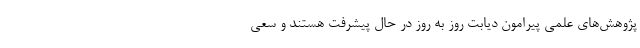
پژوهش‌های علمی پیرامون دیابت روز به روز در حال پیشرفت هستند و سعی